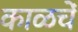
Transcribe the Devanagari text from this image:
काळचें